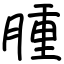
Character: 腫